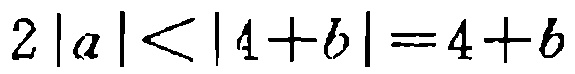
$2|a|<|4 + b| = 4 + b$